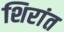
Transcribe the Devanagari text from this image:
शिरांत